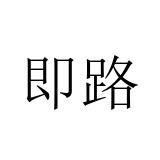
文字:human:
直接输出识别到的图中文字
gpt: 即路